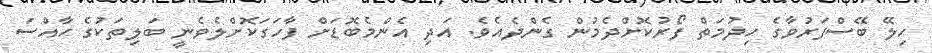
ހިލޭ ބޭސްފަރުވާގެ ހިދުމަތް ފޯރުކޮށްދެމުން ގެންދެއެވެ. އަދި އެންމެބޮޑަށް ފާހަގަކޮށްލެވެނީ ބަލިތަކުގެ ހާއްސަ